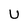
Character: U